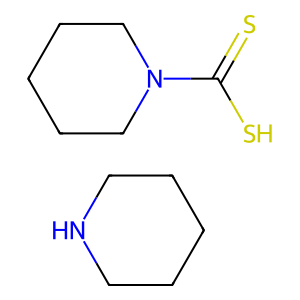
SMILES: C1CCNCC1.S=C(S)N1CCCCC1
Inhibits HIV replication: No